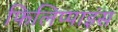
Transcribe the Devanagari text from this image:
फिलिप्पाइंस